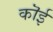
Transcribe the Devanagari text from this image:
कॊई